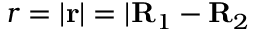
r = | \mathbf r | = | \mathbf R _ { 1 } - \mathbf R _ { 2 }